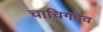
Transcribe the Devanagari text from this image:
चाचिगदेव